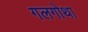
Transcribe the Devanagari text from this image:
गलगोथा